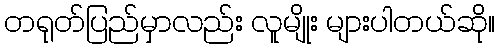
တရုတ်ပြည်မှာလည်း လူမျိုး များပါတယ်ဆို။